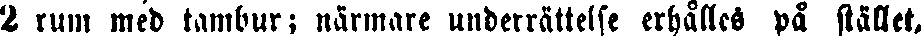
2 rum mcd tambur; närmare underrättelse erhålles på stället,